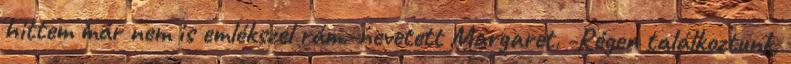
hittem már nem is emlékszel rám.-nevetett Margaret. -Régen találkoztunk,